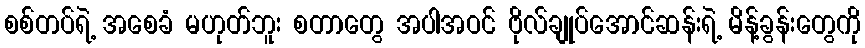
စစ်တပ်ရဲ့ အစေခံ မဟုတ်ဘူး စတာတွေ အပါအဝင် ဗိုလ်ချုပ်အောင်ဆန်းရဲ့ မိန့်ခွန်းတွေကို